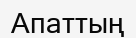
Апаттың